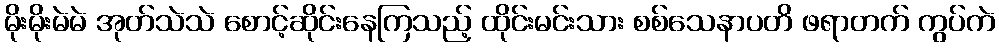
မိုးမိုးမဲမဲ အုတ်သဲသဲ စောင့်ဆိုင်းနေကြသည့် ထိုင်းမင်းသား စစ်သေနာပတိ ဖရာတက် ကွပ်ကဲ